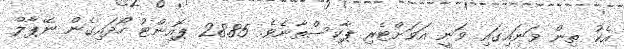
އެކު ތިން ވަނައިގައި ވަނީ އަވަށްޓެރި ޕާކިސްތާނެވެ. 28.85 ޕޮއިންޓު ހޯދައިގެން ނޭޕާލް